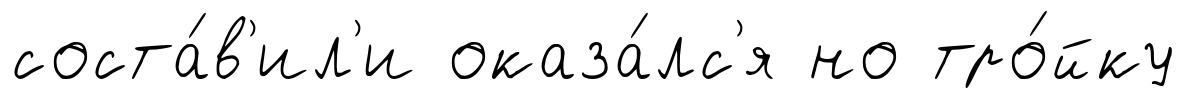
соста́в'ил'и оказа́лс'я но тро́йку